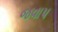
જવાપ